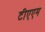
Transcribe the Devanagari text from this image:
टीएएम